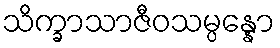
သိက္ခာသာဇီဝသမ္ပန္နော